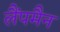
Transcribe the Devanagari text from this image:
लैंपमैन